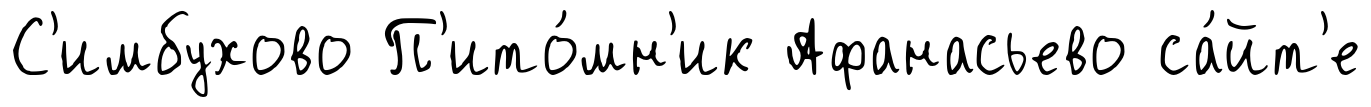
С'имбухово П'ито́мн'ик Афанасьево са́йт'е